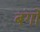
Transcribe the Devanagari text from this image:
बंगों